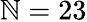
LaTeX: \mathbb{N}=23